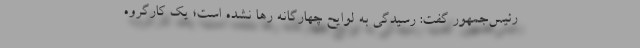
رئیس‌جمهور گفت: رسیدگی به لوایح چهارگانه رها نشده است؛ یک کارگروه